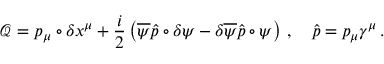
\mathcal { Q } = p _ { \mu } \circ \delta x ^ { \mu } + \frac { i } { 2 } \left( \overline { { { \psi } } } \hat { p } \circ \delta \psi - \delta \overline { { { \psi } } } \hat { p } \circ \psi \right) \, , \quad \hat { p } = p _ { \mu } \gamma ^ { \mu } \, .